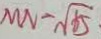
M N - \sqrt { 6 5 }